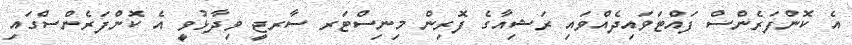
އެ ކޮންފަރެންސް ފައްޓަވައިދެއްވައި ރަޝިއާގެ ފޮރިން މިނިސްޓަރ ސާރޖީ ވިދާޅުވީ އެ ކޮންފަރެންސްގައި